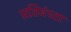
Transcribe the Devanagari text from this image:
प्रतिबंध्ता